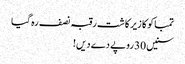
تمباکو کا زیر کاشت رقبہ نصف رہ گیا
سنیں 30 روپے دے دیں!